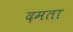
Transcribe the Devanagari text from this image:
दमता